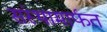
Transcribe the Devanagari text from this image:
संस्थामार्फत